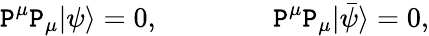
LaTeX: \mathtt{P}^{\mu}\mathtt{P}_{\mu}|\psi\rangle=0,\qquad\qquad\mathtt{P}^{\mu}\mathtt{P}_{\mu}|\bar{{\psi}}\rangle=0,